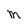
Character: M